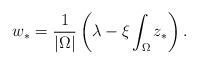
LaTeX: \begin{align*} w_\ast=\frac{1}{\vert\Omega\vert}\left( \lambda-\xi\int_\Omega z_\ast\right). \end{align*}